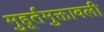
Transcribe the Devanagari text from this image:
मुहूर्तमुक्तावली